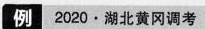
例2020\cdot 湖北黄冈调考